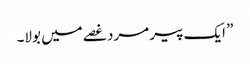
” ایک پیر مرد غصے میں بولا۔